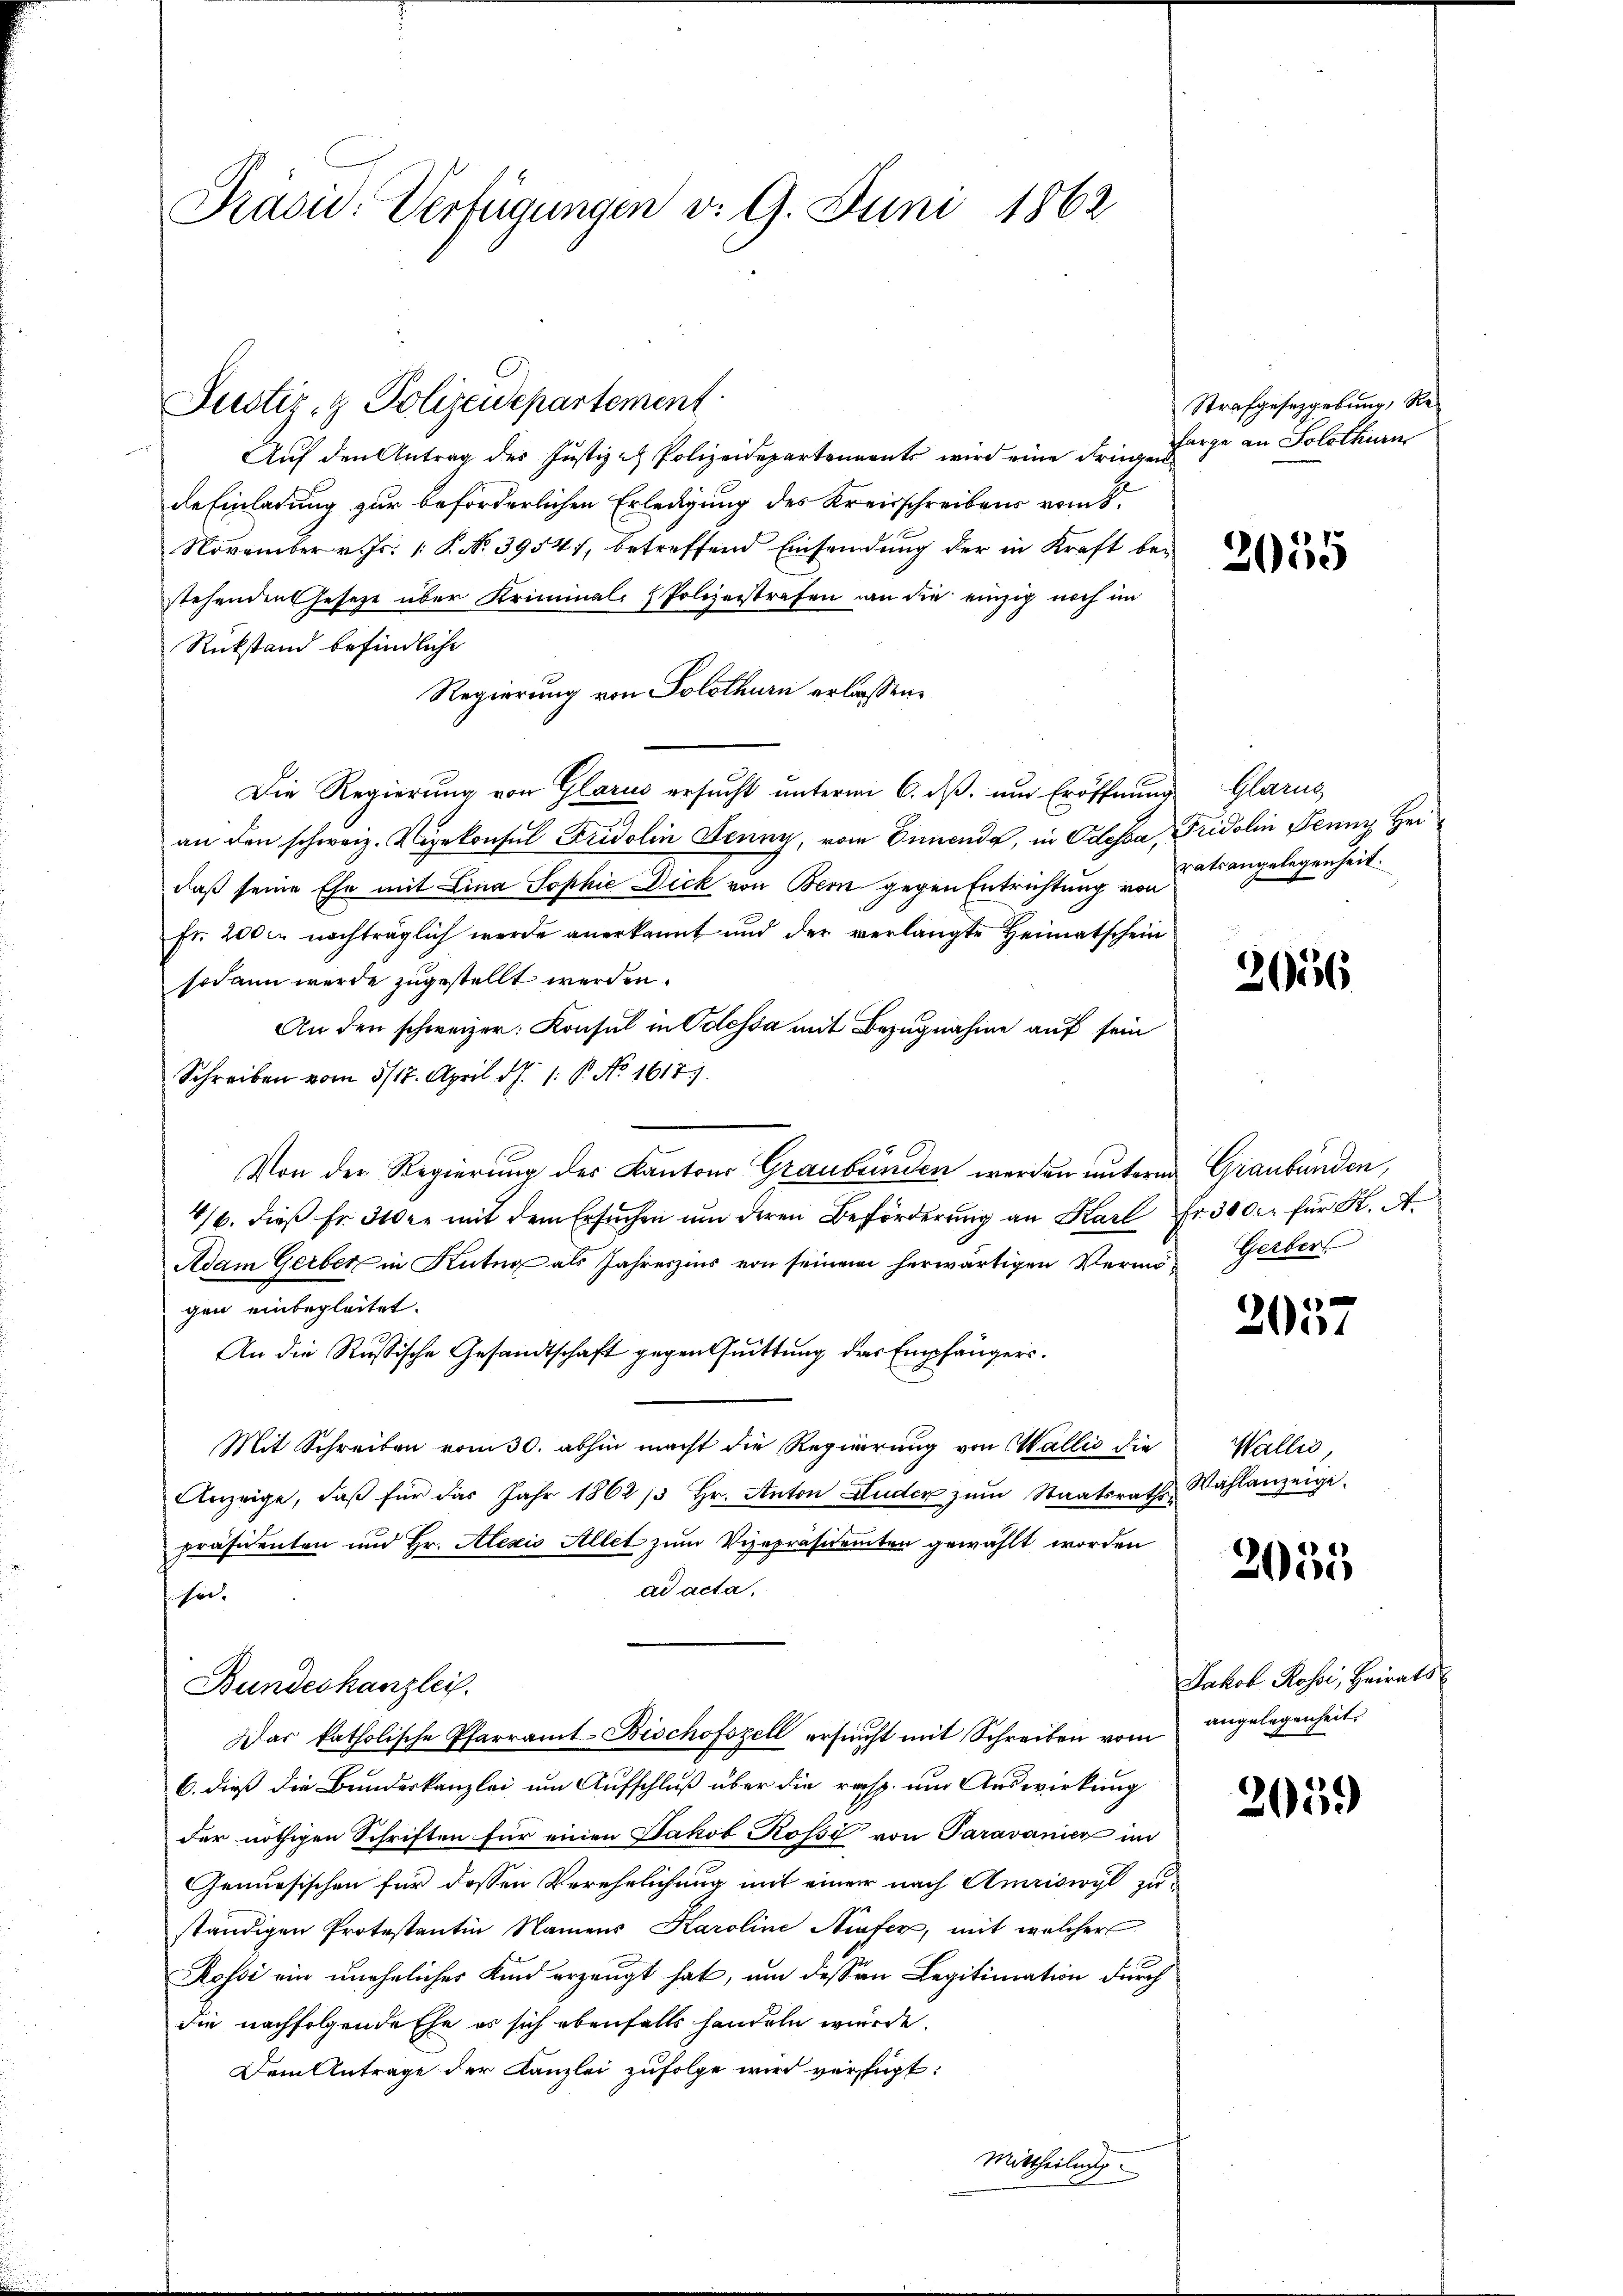
Präsid. Verfügungen v. 9. Juni 1862

Justiz- & Polizeidepartement

Auf den Antrag des Justiz - Polizeidepartenants wird eine drin arge an Solothurn
de Einladung zur beförderlichen Erledigung des Kreisschreibens vom 8.
November v. Js. [S. No 39547, betreffend Einsendung der in Kraft bestehenden Gesetze über Kriminal-Polizeistrafen an die einzig noch im
Rükstand befindliche
Regierung von Solothurn erlassen.
Die Regierung von Glarus ersucht unterm 6. ds. um Eröffnung Glarus
an den schweiz. Vizekonsul Fridolin Jenny, vom Einende, in Odessa, Fridolin Jenny Herdaß seine Ehr mit Lina Sophie Dick von Bern gegen Entrichtung von
Fr. 200 er nachträglich werde anerkannt und der verlangte Heimatschein
sodann werde zugestellt werden.
An den schweizer: Konsul in Odessa mit Bezugnahme auf sein
Schreiben vom 5/17. April d. J. 1: P. No. 1617.
Von der Regierung des Kantons Graubünden werden untern Graubünden,
4/6. dieß Er der mit dem Ersuchen um deren Beförderung an Karl Fr. 3000 für K. A.
Adam Gerber in Antag als Jahreszins von seinem herwärtigen Vermö- Gerber
gen einbegleitet.
An die Russische Gesandtschaft gegentuittung der Empfängers¬
Mit Schreiben vom 30. abhin macht die Regierung von Wallis die Wallis,
Anzeige, daβ für das Jahr 1862 / hr. Anton Luder zŭm Staatsrathspräsidenten und Hr. Alexis Allet zum Vizepräsidenten gewählt worden
ad acta.
se.
Bundeskanzlei.
Das katholische Pfarramt-Bischofszell ersŭcht mit Schreiben vom angelegenheit
6. dieß die Bundeskanzlei um Aufschluß über die resp. um Auswirkung
der nöthigen Schriften für einen Jakob Rossi von Paravanier im
Geniesischen für dessen Verehrlichung mit einer nach Amriswyl zuständigen Protestantin Namens Karoline Niater, mit welcher
Kossi ein uneheliches Kind erzeugt hat, um dessen Legitimation durch
die nachfolgende Ehe es sich ebenfalls handeln würde.
Dem Antrage der Kanzlei zufolge wird verfügt:
Mittheilung

Strafgesetzgebung, Re¬

2055

ratsangelegenheit.

2656

2057

Wahlanzeige.

2055

Jakob Rossi, Heirats

2059